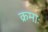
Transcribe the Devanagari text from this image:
क्रमाः